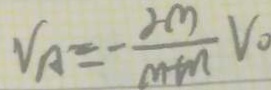
V _ { A } = - \frac { 2 m } { m + n } V _ { 0 }